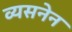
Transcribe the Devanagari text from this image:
व्यसनेन